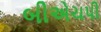
બીએચપી